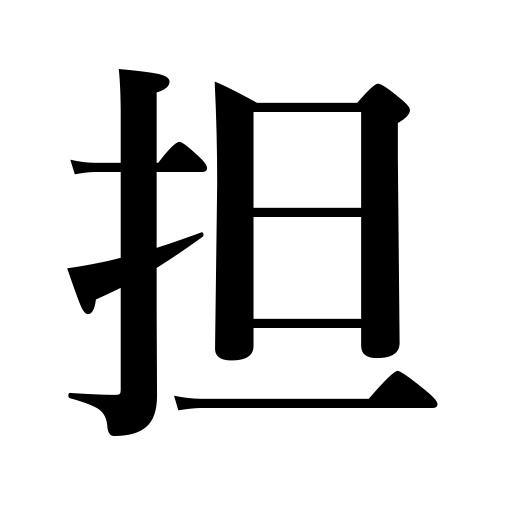
Meanings: carry on the shoulder,shoulder a load,raise,bear a burden,carry